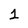
Character: 1